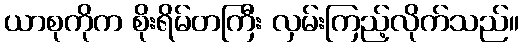
ယာစုကိုက စိုးရိမ်တကြီး လှမ်းကြည့်လိုက်သည်။